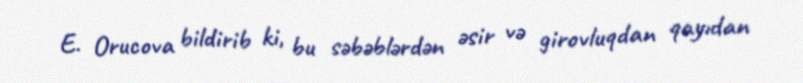
E. Orucova bildirib ki, bu səbəblərdən əsir və girovluqdan qayıdan